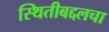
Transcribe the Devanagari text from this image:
स्थितीबद्दलचा